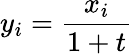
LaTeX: y_{i}={\frac{x_{i}}{1+t}}